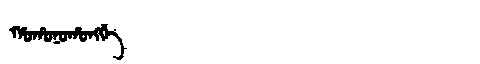
Manchu: ᡥᠣᡥᠣᠨᠣᡥᠣᠩᡤᡝ
Romanization: HOHONOHONGGE